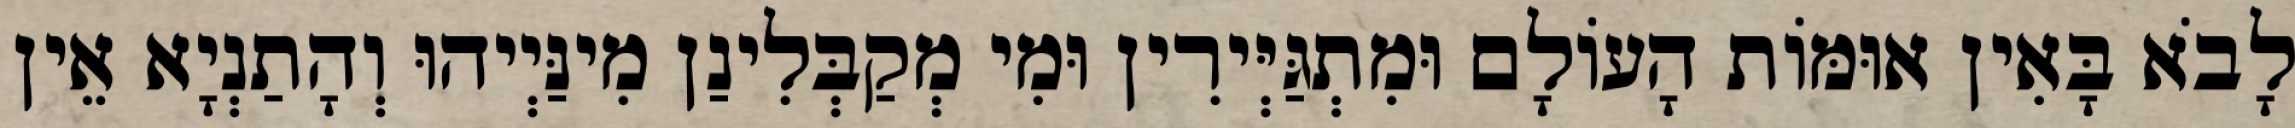
לָבֹא בָּאִין אוּמּוֹת הָעוֹלָם וּמִתְגַּיְּירִין וּמִי מְקַבְּלִינַן מִינַּיְיהוּ וְהָתַנְיָא אֵין